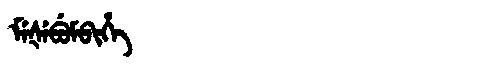
Manchu: ᠮᡝᡧᡝᠪᡠᠮᠪᡳᡥᡝ
Romanization: MEŠEBUMBIHE